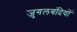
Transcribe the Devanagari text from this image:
जुगलबंदियों